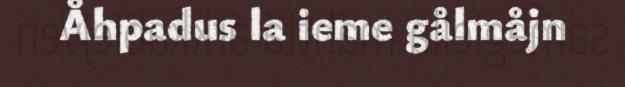
Åhpadus la ieme gålmåjn